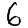
Digit: 6